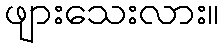
ဖျားသေးလား။